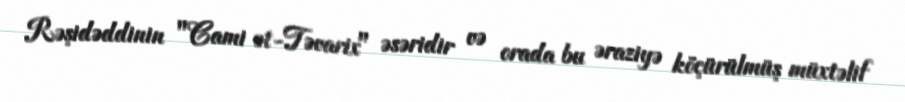
Rəşidəddinin "Cami ət-Təvarix" əsəridir və orada bu əraziyə köçürülmüş müxtəlif